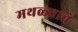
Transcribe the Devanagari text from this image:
मथळ्याचे